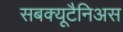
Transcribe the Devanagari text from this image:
सबक्यूटैनिअस